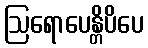
ဩရောပေန္တိပိပေ